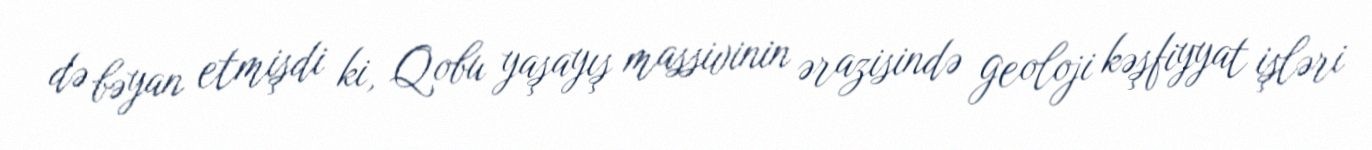
də bəyan etmişdi ki, Qobu yaşayış massivinin ərazisində geoloji kəşfiyyat işləri